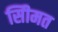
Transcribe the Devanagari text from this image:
सीिमत